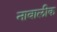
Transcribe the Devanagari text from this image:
नाबालीक